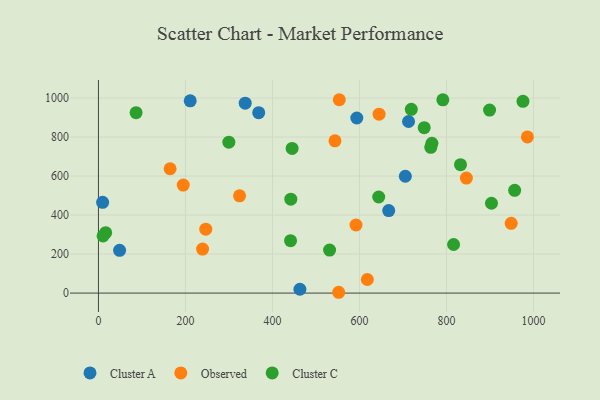
{"axis": {"x": "Engine Size", "y": "Exam Score"}, "legend": ["Cluster A", "Cluster C", "Observed"], "data": [{"x": "712.7", "y": 879.5, "type": "Cluster A"}, {"x": "667.1", "y": 423.0, "type": "Cluster A"}, {"x": "593.8", "y": 897.4, "type": "Cluster A"}, {"x": "463.0", "y": 19.7, "type": "Cluster A"}, {"x": "210.9", "y": 985.4, "type": "Cluster A"}, {"x": "9.6", "y": 465.3, "type": "Cluster A"}, {"x": "368.3", "y": 924.5, "type": "Cluster A"}, {"x": "48.6", "y": 219.4, "type": "Cluster A"}, {"x": "337.3", "y": 973.6, "type": "Cluster A"}, {"x": "705.3", "y": 598.8, "type": "Cluster A"}, {"x": "543.6", "y": 780.2, "type": "Observed"}, {"x": "553.5", "y": 991.1, "type": "Observed"}, {"x": "552.1", "y": 4.2, "type": "Observed"}, {"x": "246.6", "y": 327.5, "type": "Observed"}, {"x": "645.0", "y": 917.0, "type": "Observed"}, {"x": "324.3", "y": 498.3, "type": "Observed"}, {"x": "591.9", "y": 349.0, "type": "Observed"}, {"x": "618.0", "y": 69.7, "type": "Observed"}, {"x": "194.9", "y": 553.7, "type": "Observed"}, {"x": "239.3", "y": 225.7, "type": "Observed"}, {"x": "845.6", "y": 589.4, "type": "Observed"}, {"x": "985.8", "y": 800.5, "type": "Observed"}, {"x": "948.6", "y": 357.4, "type": "Observed"}, {"x": "164.7", "y": 637.2, "type": "Observed"}, {"x": "903.3", "y": 460.6, "type": "Cluster C"}, {"x": "975.7", "y": 982.7, "type": "Cluster C"}, {"x": "644.1", "y": 492.6, "type": "Cluster C"}, {"x": "898.9", "y": 938.0, "type": "Cluster C"}, {"x": "816.2", "y": 249.0, "type": "Cluster C"}, {"x": "719.0", "y": 942.0, "type": "Cluster C"}, {"x": "16.6", "y": 309.7, "type": "Cluster C"}, {"x": "763.8", "y": 747.3, "type": "Cluster C"}, {"x": "748.7", "y": 847.8, "type": "Cluster C"}, {"x": "86.5", "y": 924.8, "type": "Cluster C"}, {"x": "441.5", "y": 268.6, "type": "Cluster C"}, {"x": "766.4", "y": 768.0, "type": "Cluster C"}, {"x": "531.2", "y": 220.7, "type": "Cluster C"}, {"x": "832.1", "y": 658.2, "type": "Cluster C"}, {"x": "10.6", "y": 293.0, "type": "Cluster C"}, {"x": "791.5", "y": 990.4, "type": "Cluster C"}, {"x": "956.6", "y": 526.5, "type": "Cluster C"}, {"x": "445.1", "y": 741.5, "type": "Cluster C"}, {"x": "442.1", "y": 481.4, "type": "Cluster C"}, {"x": "299.7", "y": 773.5, "type": "Cluster C"}]}